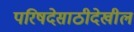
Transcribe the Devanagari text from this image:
परिषदेसाठीदेखील